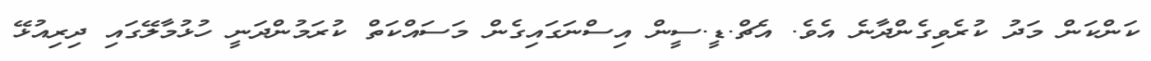
ކަންކަން މަދު ކުރެވިގެންދާނެ އެވެ. އެޗް.ޑީ.ސީން އިސްނަގައިގެން މަސައްކަތް ކުރަމުންދަނީ ހުޅުމާލޭގައި ދިރިއުޅޭ